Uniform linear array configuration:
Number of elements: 32
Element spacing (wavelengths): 1
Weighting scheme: binomial
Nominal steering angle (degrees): -30
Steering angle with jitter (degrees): -30.39
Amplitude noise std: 0.05
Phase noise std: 0.05

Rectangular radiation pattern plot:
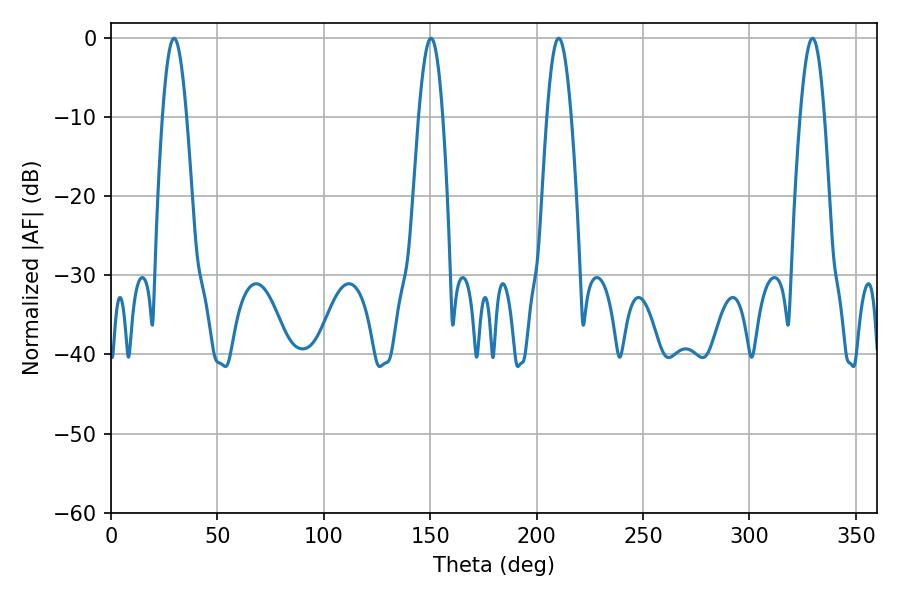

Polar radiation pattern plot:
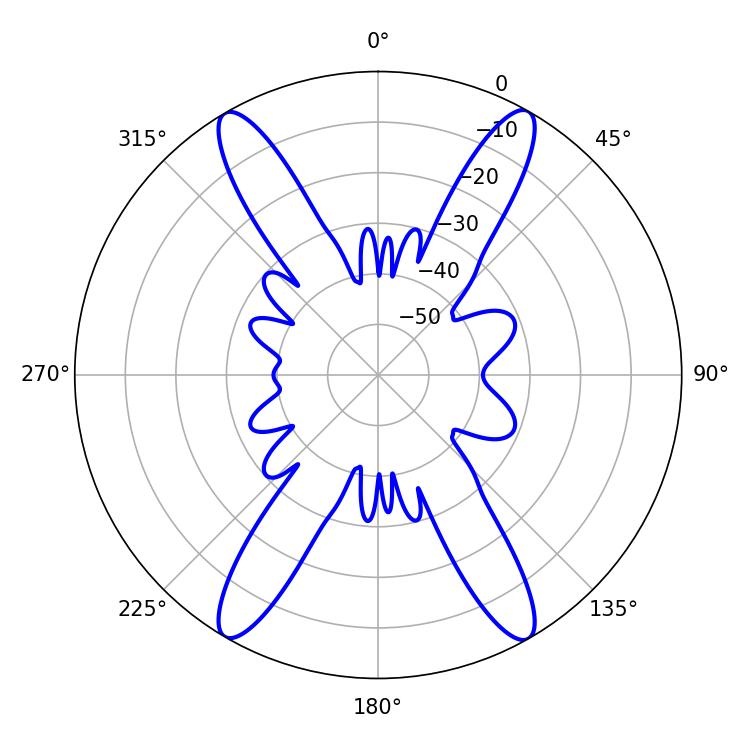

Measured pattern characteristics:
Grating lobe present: TRUE
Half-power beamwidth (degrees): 6.12
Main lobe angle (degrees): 210.42